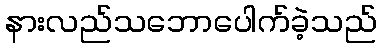
နားလည်သဘောပေါက်ခဲ့သည်